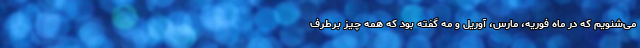
می‌شنویم که در ماه فوریه، مارس، آوریل و مه گفته بود که همه چیز برطرف